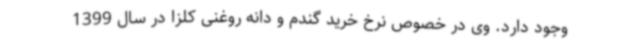
وجود دارد. وی در خصوص نرخ خرید گندم و دانه روغنی کلزا در سال 1399